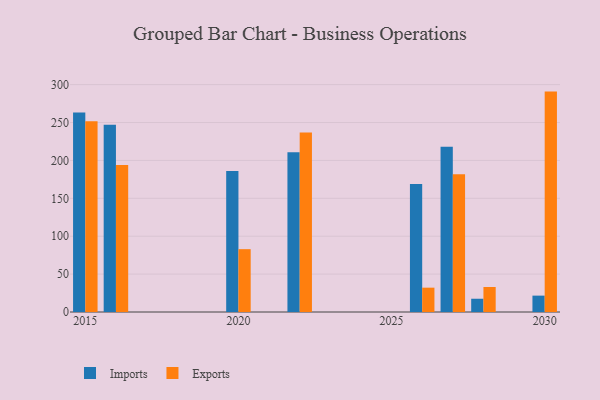
{"axis": {"x": "Year", "y": "Revenue (USD Million)"}, "legend": ["Exports", "Imports"], "data": [{"x": "2027", "y": 217.9, "type": "Imports"}, {"x": "2027", "y": 181.8, "type": "Exports"}, {"x": "2028", "y": 17.5, "type": "Imports"}, {"x": "2028", "y": 33.0, "type": "Exports"}, {"x": "2020", "y": 186.2, "type": "Imports"}, {"x": "2020", "y": 82.9, "type": "Exports"}, {"x": "2015", "y": 263.1, "type": "Imports"}, {"x": "2015", "y": 251.8, "type": "Exports"}, {"x": "2026", "y": 168.9, "type": "Imports"}, {"x": "2026", "y": 32.1, "type": "Exports"}, {"x": "2030", "y": 21.6, "type": "Imports"}, {"x": "2030", "y": 290.8, "type": "Exports"}, {"x": "2022", "y": 210.8, "type": "Imports"}, {"x": "2022", "y": 236.8, "type": "Exports"}, {"x": "2016", "y": 246.9, "type": "Imports"}, {"x": "2016", "y": 193.9, "type": "Exports"}]}